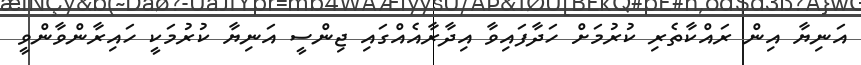
އަނިޔާ އިން ރައްކާތެރި ކުރުމަށް ހަދާފައިވާ އިދާރާއެއްގައި ޖިންސީ އަނިޔާ ކުރުމަކީ ހައިރާންވާންވީ